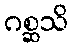
ဂစ္ဆသိ